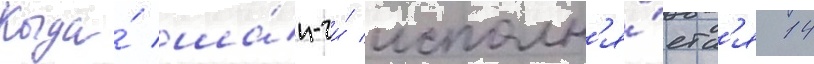
Когда́ ша́н-чи́ исполн'я́етс'я 14